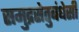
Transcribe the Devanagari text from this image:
समुद्रसेतुबंधेसी